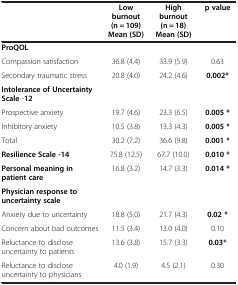
|  | Low burnout (n = 109) Mean (SD) | High burnout (n = 18) Mean (SD) | p value |
 | --- | --- | --- | --- |
 | ProQOL |  |  |  |
 | Compassion satisfaction | 36.8 (4.4) | 33.9 (5.9) | 0.63 |
 | Secondary traumatic stress | 20.8 (4.0) | 24.2 (4.6) | 0.002* |
 | Intolerance of Uncertainty Scale -12 |  |  |  |
 | Prospective anxiety | 19.7 (4.6) | 23.3 (6.5) | 0.005 * |
 | Inhibitory anxiety | 10.5 (3.8) | 13.3 (4.3) | 0.005 * |
 | Total | 30.2 (7.2) | 36.6 (9.8) | 0.001 * |
 | Resilience Scale -14 | 75.8 (12.5) | 67.7 (10.0) | 0.010 * |
 | Personal meaning in patient care | 16.8 (3.2) | 14.7 (3.3) | 0.014 * |
 | Physician response to uncertainty scale |  |  |  |
 | Anxiety due to uncertainty | 18.8 (5.0) | 21.7 (4.3) | 0.02 * |
 | Concern about bad outcomes | 11.5 (3.4) | 13.0 (4.0) | 0.10 |
 | Reluctance to disclose uncertainty to patients | 13.6 (3.8) | 15.7 (3.3) | 0.03* |
 | Reluctance to disclose uncertainty to physicians | 4.0 (1.9) | 4.5 (2.1) | 0.30 |